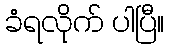
ခံရလိုက် ပါပြီ။